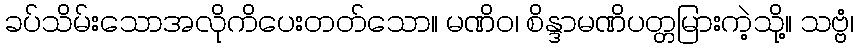
ခပ်သိမ်းသောအလိုကိပေးတတ်သော။ မဏိဝ၊ စိန္ဒာမဏိပတ္တမြားကဲ့သို့။ သဗ္ဗံ၊